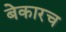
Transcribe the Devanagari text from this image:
बेकारच